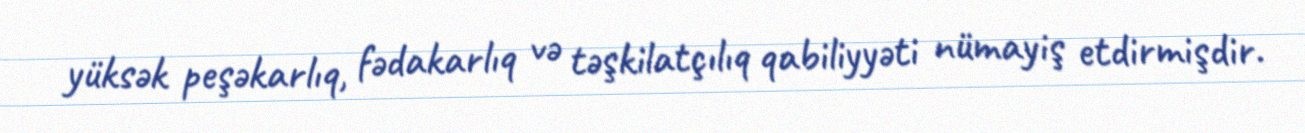
yüksək peşəkarlıq, fədakarlıq və təşkilatçılıq qabiliyyəti nümayiş etdirmişdir.